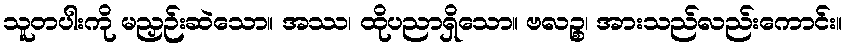
သူတပါးကို မညှဉ်းဆဲသော။ အဿ၊ ထိုပညာရှိသော။ ဗလဉ္စ၊ အားသည်လည်းကောင်း။